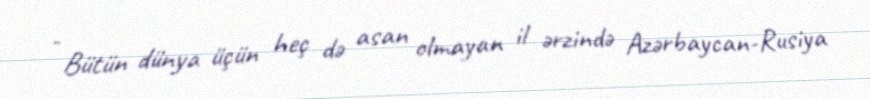
- Bütün dünya üçün heç də asan olmayan il ərzində Azərbaycan-Rusiya